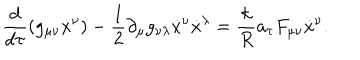
LaTeX: \frac { d } { d \tau } ( g _ { \mu \nu } { \dot { x } } ^ { \nu } ) - \frac { 1 } { 2 } \partial _ { \mu } g _ { \nu \lambda } { \dot { x } } ^ { \nu } { \dot { x } } ^ { \lambda } = \frac { k } { R } { a _ { \tau } } F _ { \mu \nu } { \dot { x } } ^ { \nu } .